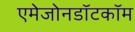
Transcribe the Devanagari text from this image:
एमेजोनडॉटकॉम